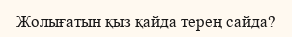
Жолығатын қыз қайда терең сайда?